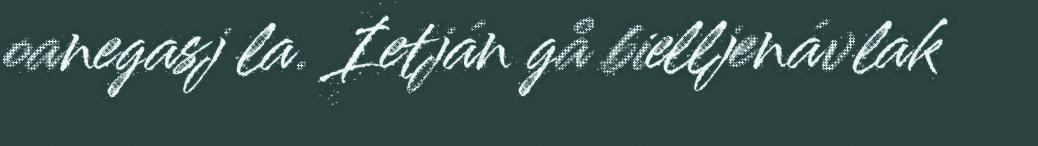
oanegasj la. Ietján gå bielljenávlak